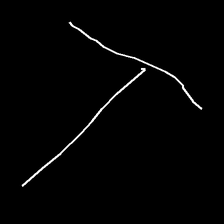
Glyph: column